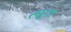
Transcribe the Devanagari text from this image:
त्सुगा